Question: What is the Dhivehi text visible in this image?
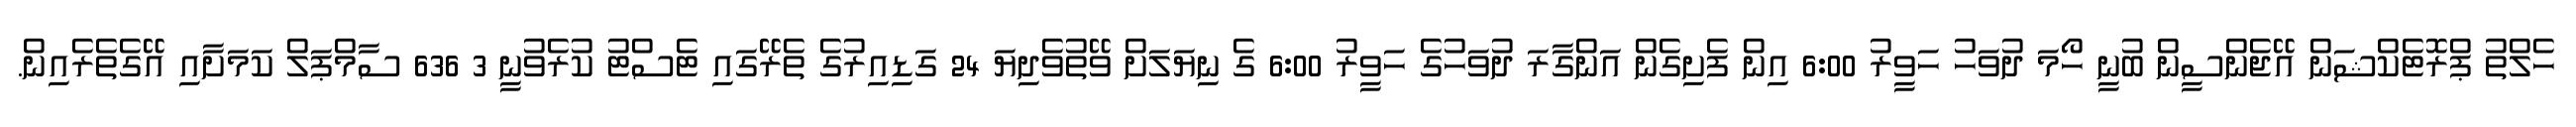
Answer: ހެލްތު ޕްރޮޓެކްޝަން އޭޖެންސީން ބުނީ ހޯމަ ދުވަހު ހަވީރު 6:00 އިން ފެށިގެން އަންގާރަ ދުވަހުގެ ހަވީރު 6:00 ގެ ނިޔަލަށް ވޭތުވެދިޔަ 24 ގަޑިއިރުގެ ތެރޭގައި ޓެސްޓު ކުރެވުނީ 3 636 ސާމްޕަލް ކަމަށާއި އޭގެތެރެއިން.